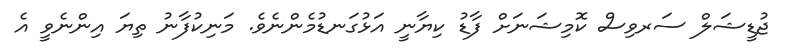
ޖުޑީޝަލް ސަރވިސް ކޮމިޝަނަށް ފާޑު ކިޔާނީ އަޅުގަނޑުމެންނެވެ. މަނިކުފާނު ތިޔަ އިންނެވީ އެ